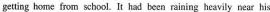
getting home from school. It had been raining heavily near his